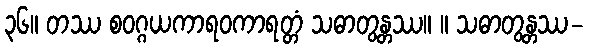
၃၆။ တဿ စဝဂ္ဂယကာရဝကာရတ္တံ သဓာတွန္တဿ။ ။ သဓာတွန္တဿ-